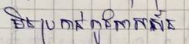
មិនប្រកាន់ពូជសាសន៍